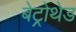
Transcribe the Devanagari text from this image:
बेट्रोथेड